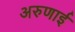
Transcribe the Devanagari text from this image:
अरुणाई